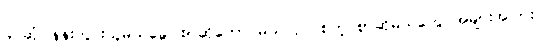
ခင်ဆုံ၊ နန်းတွင်းသူမယ်ခွေ၊ စာဆိုတော် မယ်လုပ် စတဲ့ စာဆိုမယ်တွေ အများအပြား